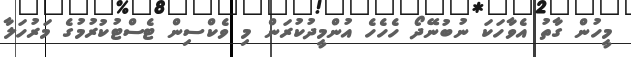
މީހުން ގާތު އެވާހަކަ ނުބުނޭދޯ ހެހެހެ އުންމީދުކުރަން މި ވެކްސިން ޓެސްޓުކުރުމުގެ މަރުހަލާ